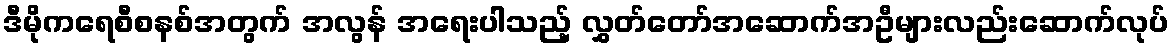
ဒီမိုကရေစီစနစ်အတွက် အလွန် အရေးပါသည့် လွှတ်တော်အဆောက်အဦများလည်းဆောက်လုပ်